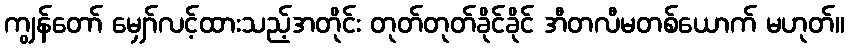
ကျွန်တော် မျှော်လင့်ထားသည့်အတိုင်း တုတ်တုတ်ခိုင်ခိုင် အီတလီမတစ်ယောက် မဟုတ်။